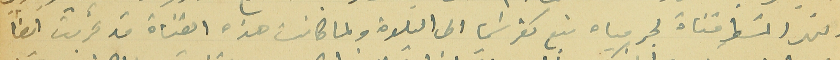
النهر المسَطر قناة لجر مياه نبع كفرشيما الى البلدة ولما كانت هذه القناة قد تخربت ايضاً